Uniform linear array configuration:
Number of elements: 48
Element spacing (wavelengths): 0.25
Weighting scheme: uniform
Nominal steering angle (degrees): -60
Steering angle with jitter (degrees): -58.559
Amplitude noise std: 0.05
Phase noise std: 0.05

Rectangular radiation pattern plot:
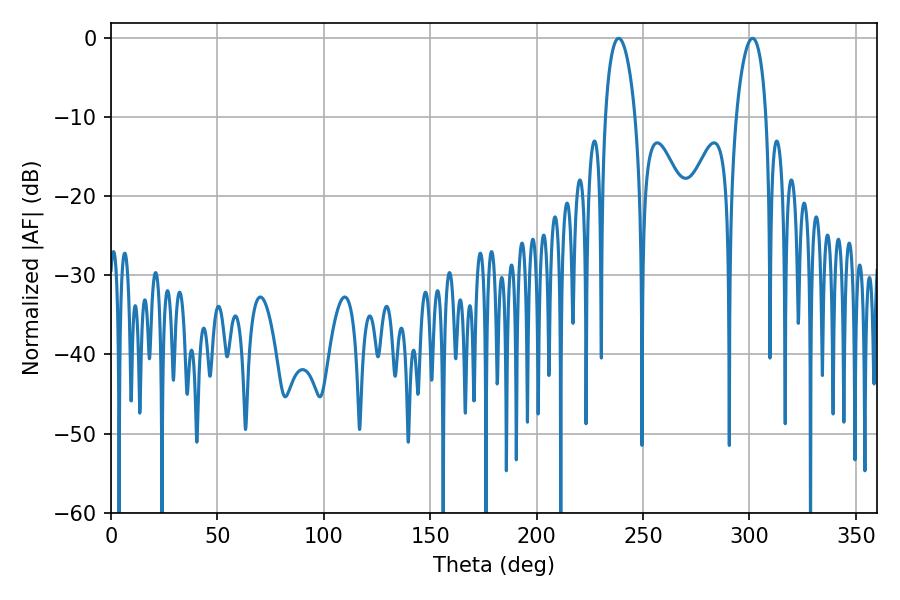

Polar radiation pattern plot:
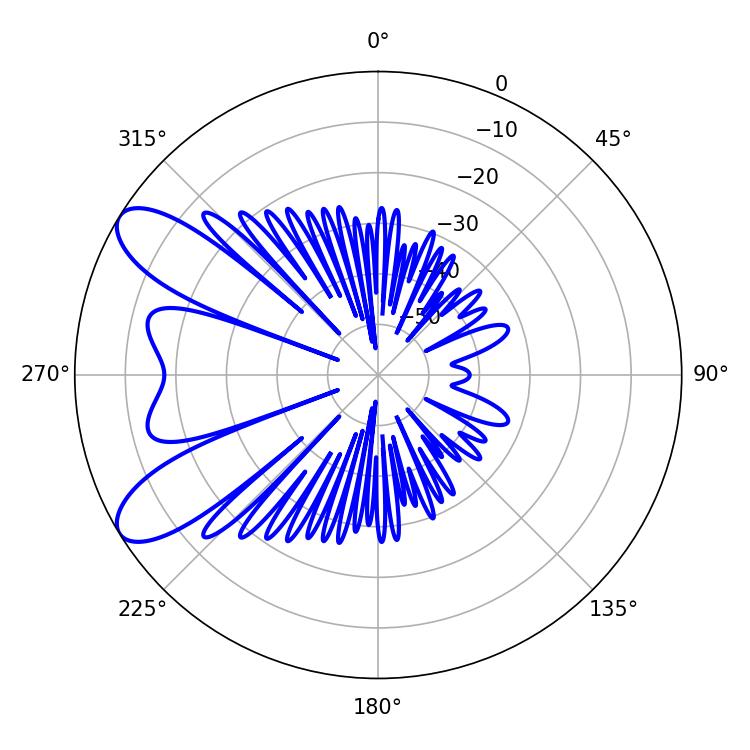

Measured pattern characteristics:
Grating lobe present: FALSE
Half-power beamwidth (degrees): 8.1
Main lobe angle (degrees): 238.5